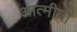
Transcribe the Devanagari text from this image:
आत्मीयों